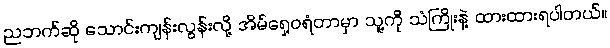
ညဘက်ဆို သောင်းကျန်းလွန်းလို့ အိမ်ရှေ့ဝရံတာမှာ သူ့ကို သံကြိုးနဲ့ ထားထားရပါတယ်။